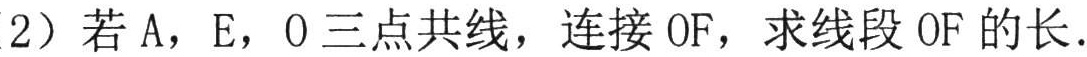
（2）若A，E，O三点共线，连接OF，求线段OF的长.